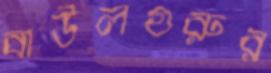
বাউলগুরুর